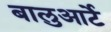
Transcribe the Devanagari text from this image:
बालुआर्टे